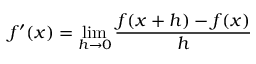
f ^ { \prime } ( x ) = \operatorname* { l i m } _ { h \to 0 } { \frac { f ( x + h ) - f ( x ) } { h } }